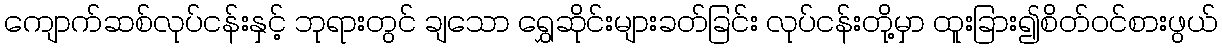
ကျောက်ဆစ်လုပ်ငန်းနှင့် ဘုရားတွင် ချသော ရွှေဆိုင်းများခတ်ခြင်း လုပ်ငန်းတို့မှာ ထူးခြား၍စိတ်ဝင်စားဖွယ်